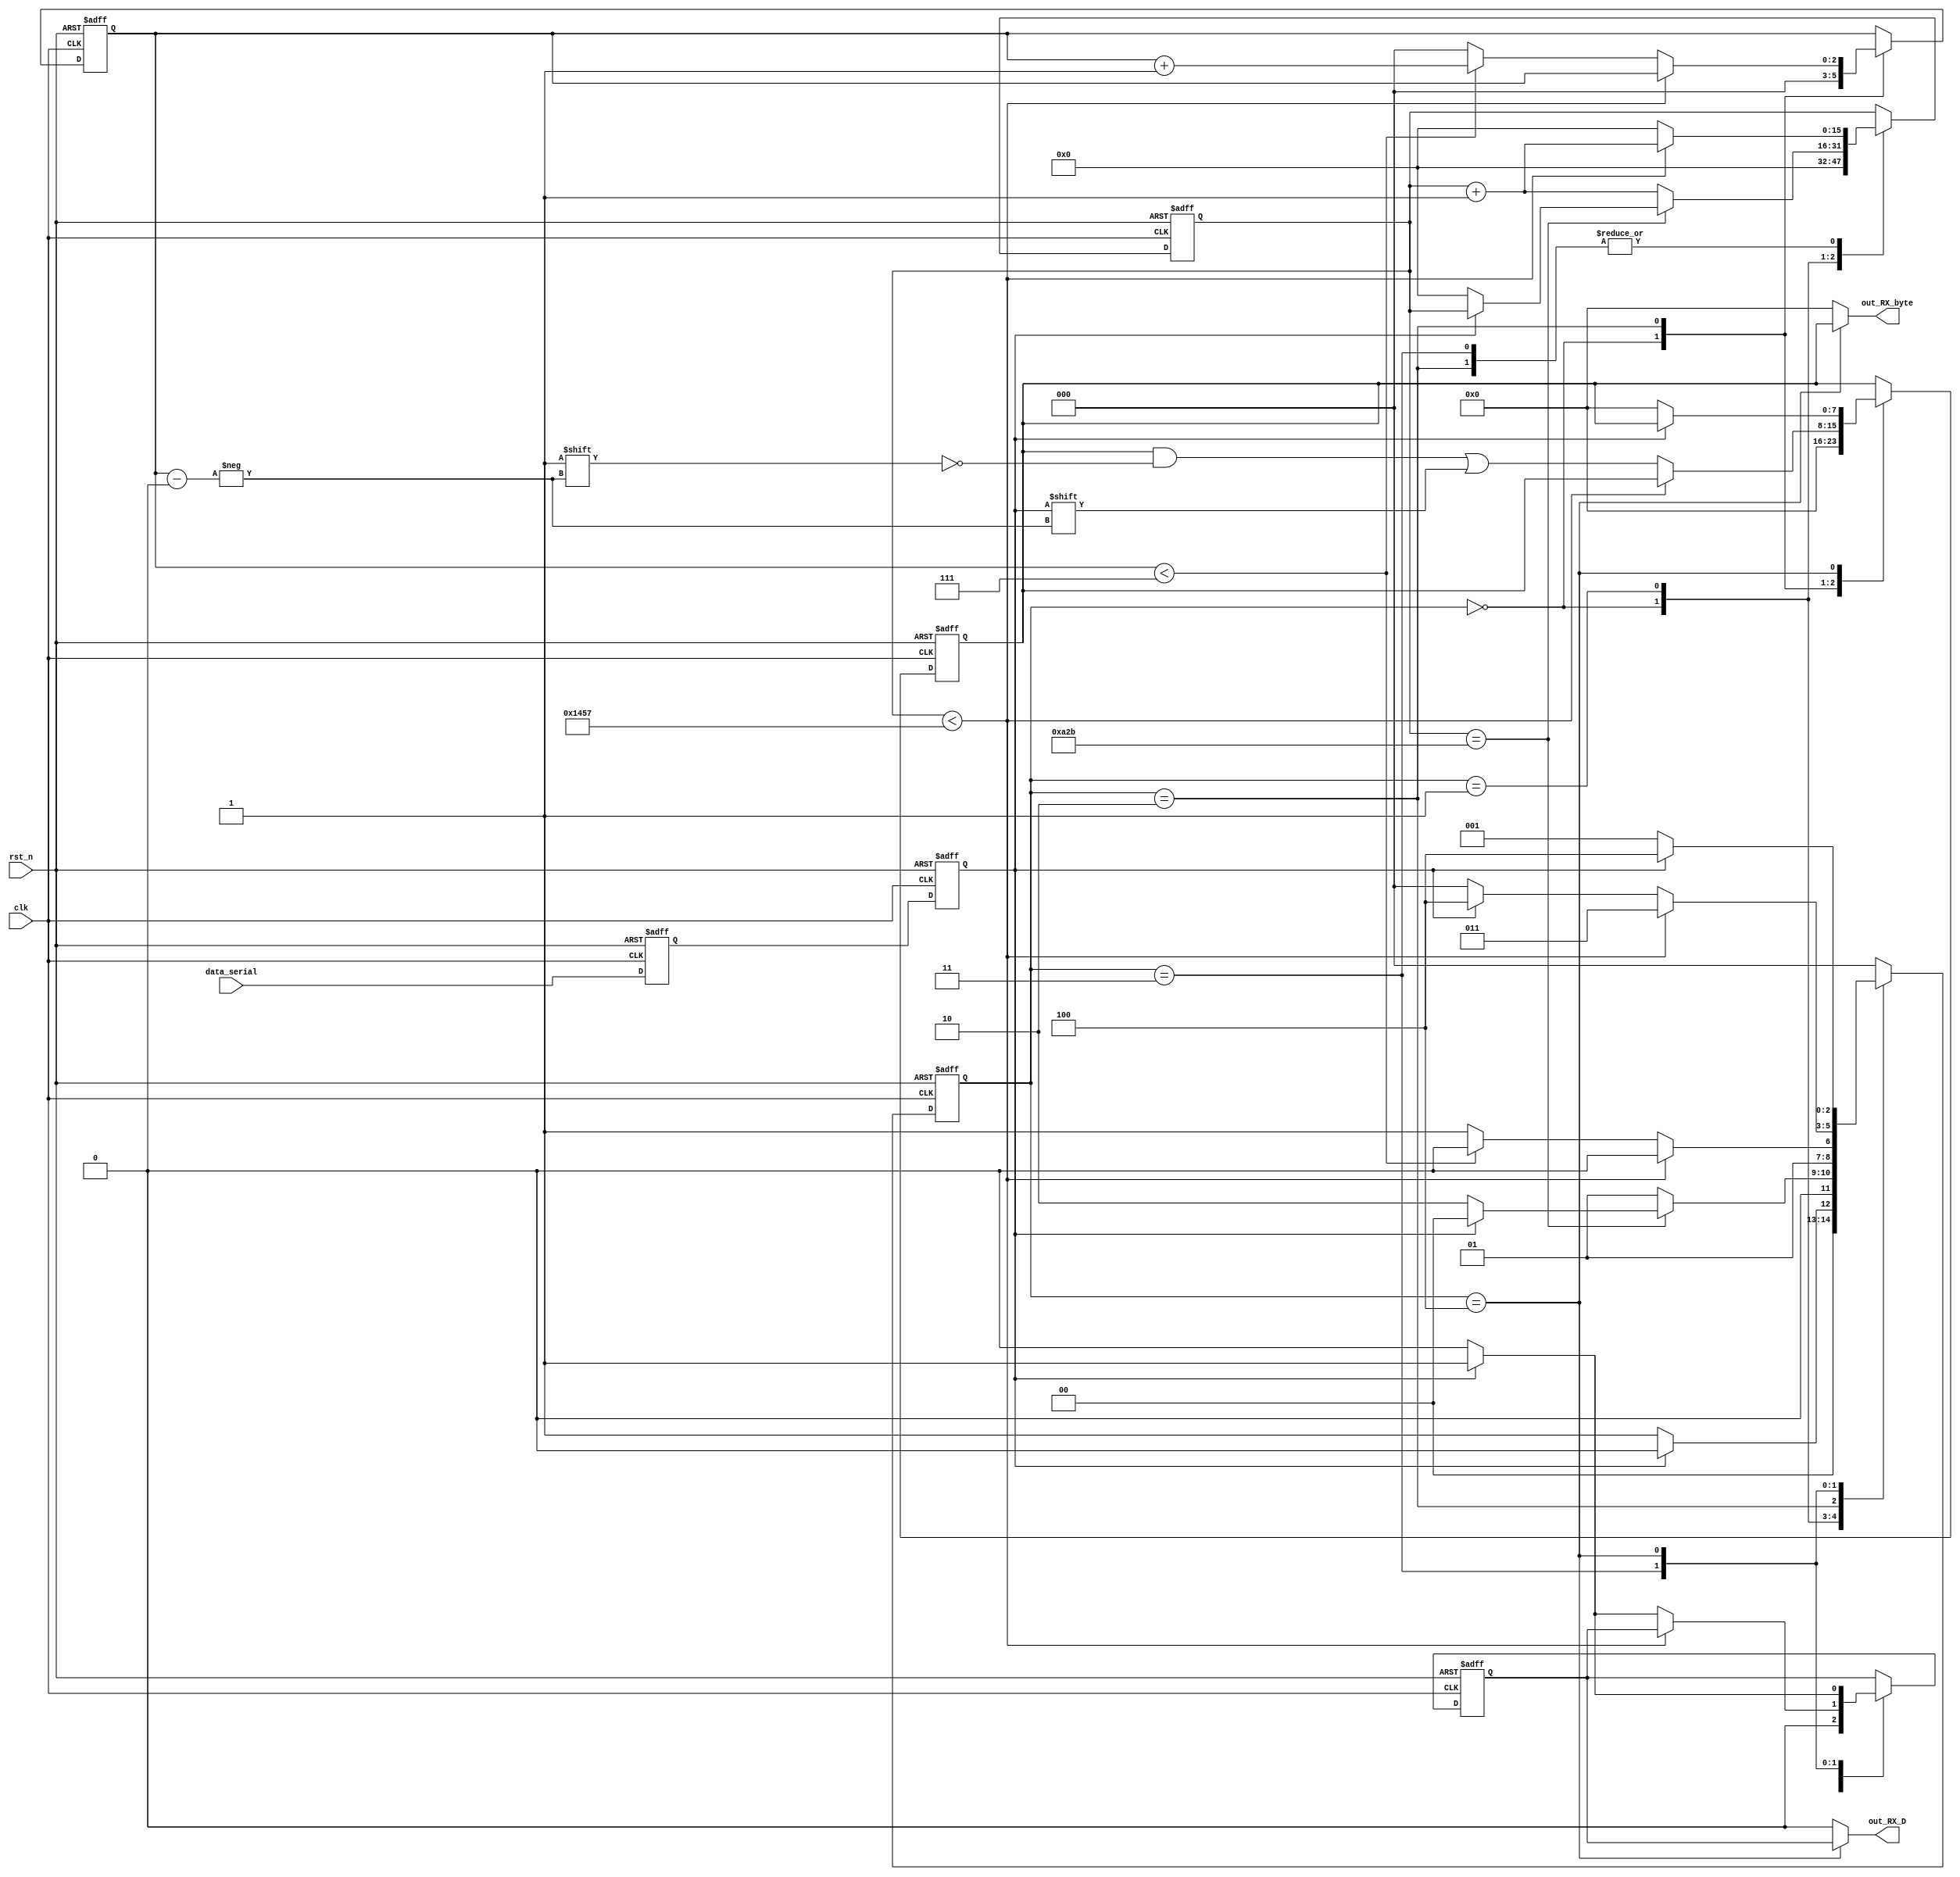
/////////////////////////////////////////////////////////
//UART_TX Implementation
/////////////////////////////////////////////////////////
//
// baud_rate_cnt = (Frequency of clk)/(Frequency of UART)
// Ex. clock = 50MHz, baud_rate = 9600;
// baud_rate_cnt = 100M/9600 = 5208


module UART_RX 
  #(parameter baud_rate_cnt = 5208)
  (
   input clk,
	input rst_n,
	input data_serial,
	output out_RX_D,
	output [7:0] out_RX_byte
	);
	
	localparam IDLE = 3'b000;
	localparam START = 3'b001;
	localparam DATA_BIT = 3'b010;
	localparam STOP = 3'b011;
	localparam DONE = 3'b100;
	
	reg r_RX_data1;
	reg r_RX_data;
	
	reg [15:0] baud_cnt;
	reg [2:0] state;
	reg [2:0] data_index;
	reg [7:0] r_RX_byte;
	reg r_done;
	
	//Two-stage register
	//Propose: To synchronize data for avoiding metastable;	
	always @(posedge clk, negedge rst_n)
	begin
	  if (!rst_n)
	  begin
	    r_RX_data1 <= 1'b0;
	    r_RX_data <= 1'b0;
	  end
	  else
	  begin
	    r_RX_data1 <= data_serial;
	    r_RX_data <= r_RX_data1;
	  end
	end
	
	//State transition
	//Baud_rate counter (Usually sample the data at middle of the data_serial);
   always @(posedge clk, negedge rst_n)
   begin
	  if (!rst_n)
	  begin
	    state <= IDLE;
		 baud_cnt <= 16'd0;
	    data_index <= 3'd0;
	    r_RX_byte <= 8'd0;
	    r_done <= 1'b0;
	  end
	  else
	  begin
	  
	    case (state)
		 IDLE:
		   begin
			  baud_cnt <= 16'd0;
			  data_index <= 3'd0;
			  r_RX_byte <= 8'd0;
			  r_done <= 1'b0;
			  
			  if (r_RX_data == 1'b0)
			    state <= START;
			  else
			    state <= IDLE;
			end
		 
		 START:
		   begin
			  if (baud_cnt == (baud_rate_cnt-1)/2)
			  begin
			    if (r_RX_data == 1'b0)
				 begin
			      baud_cnt <= 16'd0; //reset counter for sampling dtat_serial at middle
					state <= DATA_BIT;
				 end
				 else
				   state <= IDLE;
			  end
			  else
			  begin
			    baud_cnt <= baud_cnt + 16'd1;
				 state <= START;
			  end
			end
			
		 DATA_BIT:
		   begin
			  if (baud_cnt < (baud_rate_cnt-1))
			  begin
			    baud_cnt <= baud_cnt + 16'd1;
				 state <= DATA_BIT;
			  end
			  else
			    begin
				 baud_cnt <= 16'd0;
				 r_RX_byte[data_index] <= r_RX_data;
				 
				 if (data_index < 3'd7)
				 begin
				   data_index <= data_index + 3'd1;
					state <= DATA_BIT;
				 end
				 else
				 begin
				   data_index <= 3'd0;
				   state <= STOP;
				 end
			  end
			end

		  STOP:
		    begin
			   if (baud_cnt < (baud_rate_cnt-1))
				begin
				  baud_cnt <= baud_cnt + 16'd1;
				  state <= STOP;
				end
				else
				begin
				  if (r_RX_data)
				  begin
				    baud_cnt <= 16'd0;
					 r_done <= 1'b1;
					 state <= DONE;
				  end
				  else
				  begin
				    baud_cnt <= 16'd0;
					 r_done <= 1'b0;
					 state <= IDLE;
				  end
				end
			 end
			 
		  DONE:
		    begin
			   if (r_RX_data)
				begin
			     r_done <= 1'b1;
				  state <= DONE;
				end
				else
				begin
				  r_done <= 1'b0;
				  r_RX_byte <= 8'd0;
				  state <= START;
				end
			 end
		  
		  default: state <= IDLE;
		  
		  endcase
		  
	   end
	 end
	 
  assign out_RX_D = (state == DONE) ? r_done : 1'b0;
  assign out_RX_byte = (state == DONE) ? r_RX_byte : 8'd0;
				 
	
	endmodule